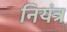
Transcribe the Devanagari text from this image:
नियंत्र